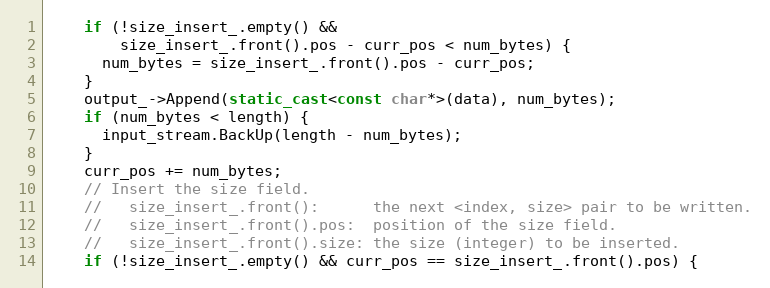
Language: C++
    if (!size_insert_.empty() &&
        size_insert_.front().pos - curr_pos < num_bytes) {
      num_bytes = size_insert_.front().pos - curr_pos;
    }
    output_->Append(static_cast<const char*>(data), num_bytes);
    if (num_bytes < length) {
      input_stream.BackUp(length - num_bytes);
    }
    curr_pos += num_bytes;
    // Insert the size field.
    //   size_insert_.front():      the next <index, size> pair to be written.
    //   size_insert_.front().pos:  position of the size field.
    //   size_insert_.front().size: the size (integer) to be inserted.
    if (!size_insert_.empty() && curr_pos == size_insert_.front().pos) {